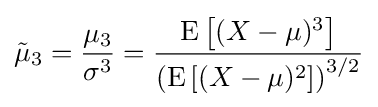
{\tilde {\mu }}_{3}={\frac {\mu _{3}}{\sigma ^{3}}}={\frac {\operatorname {E} \left[(X-\mu )^{3}\right]}{\left(\operatorname {E} \left[(X-\mu )^{2}\right]\right)^{3/2}}}